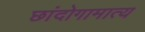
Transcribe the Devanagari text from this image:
छांदोगामात्य